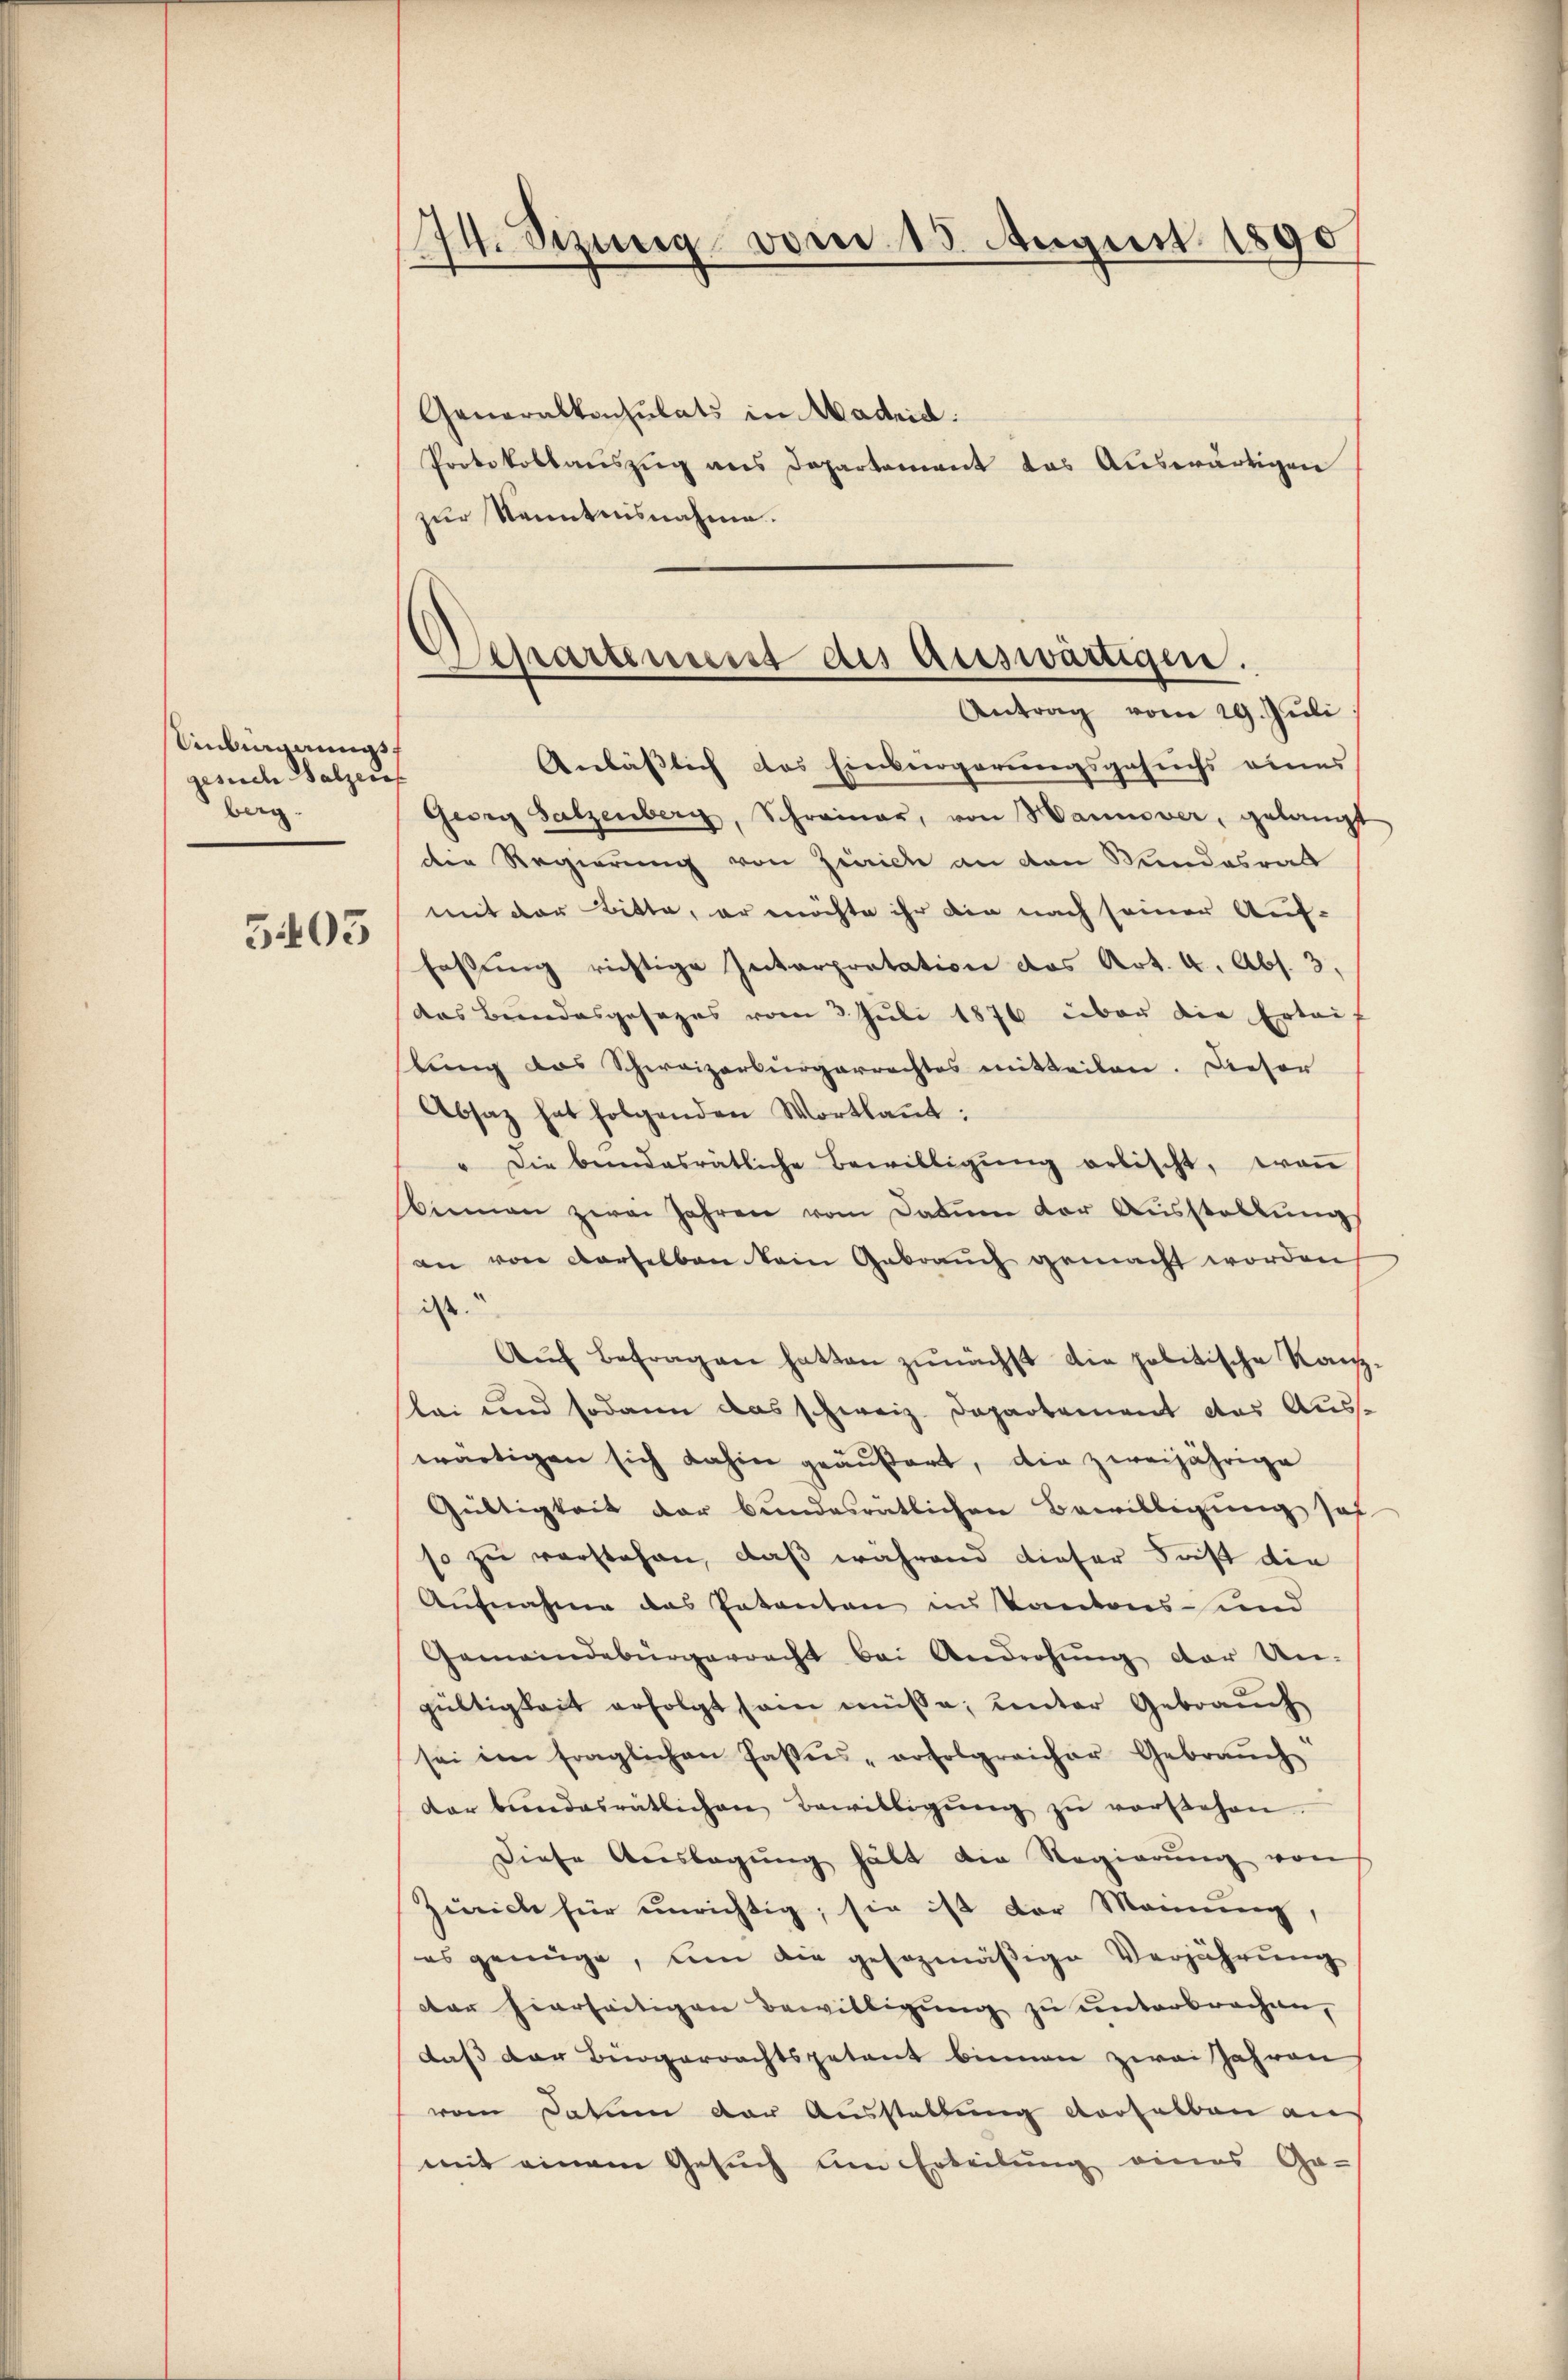
Anbignungsgesiche Salzeia
berg.

5405

174. Sezung vom 15. August 1890

Generalkonsulats in Madrid.
Protokollauszug aus Departement das Auswärtigen
zur Kenntnisnahme.
Anläßlich das Einbürgerungsgesuchs eines
Georg Salzenberg, Schreiner, von Hannover, gelangt
die Regierung von Zürich an den Wundesrat
mit der Bitte, er möchte ihr die nach seiner Auf-
fassung richtige Interpretation das Art. 4. Abs. 3.
das Bundesgesezes vom 3. Juli 1876 über die Ertei-
lung das Schweizerbürgerrechtes mitteilen. Dieser
Absaz hat folgenden Wortlaut:
" die bundesrätliche Bewilligŭng erbischt, won
binnen zwei Jahren vom Datum der Ausstellung
an von derselben kein Gebrauch gemacht worden
ist.
Aŭf Befragen hatten zunächst die politische Kan
lei und sodann das schweiz. Departement das Aus-
wärtigen sich dahin geäŭβert, die zweijährige
Gültigkeit der bundesrätlichen Bewilligung sof
so zu verstehen, daß während dieser Frist die
Aufnahme das Patenten in Kantons- und
Gemeindebürgerracht bei Androhŭng der Un-
gültigkeit erfolgt sein müsse, unter Gebrauch
sei im fraglichen Passus - erfolgreicher Gebraŭch
dar bundesrätlichen Bewilligŭng zŭ verstehen.
Diese Auslagŭng hält die Regierŭng von
Zürich für unrichtig; sie ist der Mamung,
es genüge, um die gesezmäßige Verjährung
dter hierseitigen Bewilligung zu unterbrochen,
daß der Bürgerrechtspetent binnen zwei Jahren
vom Datum der Ausstellung derselben an
mit einem Gesuch um Erteilung eines Ga-

Schartensist des Auswärtigen.
Antrag vom 29. Juli